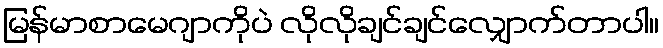
မြန်မာစာမေဂျာကိုပဲ လိုလိုချင်ချင်လျှောက်တာပါ။